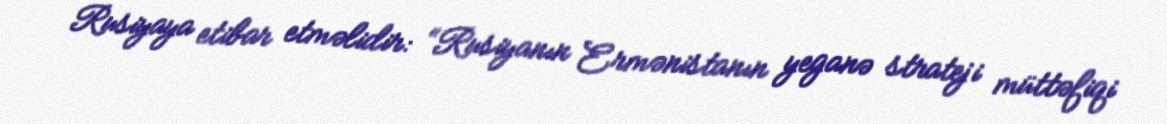
Rusiyaya etibar etməlidir: “Rusiyanın Ermənistanın yeganə strateji müttəfiqi